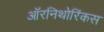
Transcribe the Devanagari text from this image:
ऑरनिथोरिंकस